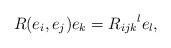
LaTeX: \begin{align*}R(e_i,e_j)e_k={R_{ijk}}^{l}e_l,\end{align*}